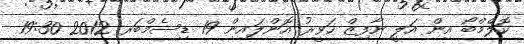
ކޮލްމްބޯ އިން އަލީ ނާފިޒް ހަވީރު އޮންލައިން 19 ޑިސެމްބަރ 2012 19:30